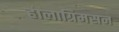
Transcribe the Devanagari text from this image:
हालाग्रिमसन